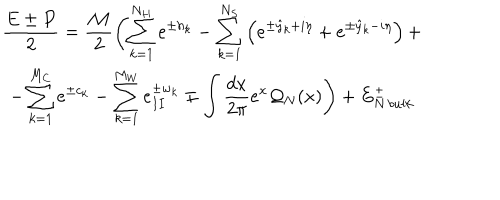
\begin{array} { c } { { \displaystyle \displaystyle \frac { E \pm P } { 2 } = \displaystyle \frac { { \cal M } } { 2 } \left( \displaystyle \sum _ { k = 1 } ^ { N _ { H } } e ^ { \pm h _ { k } } - \displaystyle \sum _ { k = 1 } ^ { N _ { S } } \left( e ^ { \pm \hat { y } _ { k } + i \eta } + e ^ { \pm \hat { y } _ { k } - i \eta } \right) + \right. } } \\ { { \left. - \displaystyle \sum _ { k = 1 } ^ { M _ { C } } e ^ { \pm c _ { k } } - \displaystyle \sum _ { k = 1 } ^ { M _ { W } } e _ { I I } ^ { \pm w _ { k } } \mp \displaystyle \int \displaystyle \frac { d x } { 2 \pi } e ^ { x } { \cal Q } _ { N } ( x ) \right) + E _ { N \, b u l k } ^ { \pm } } } \\ \end{array}